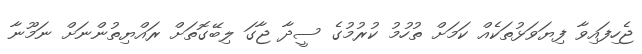
ޖެހިފައިވާ ފިޔަވަޅުތަކެއް ކަމަށް ތުހުމު ކުރުމުގެ ސީދާ ޖާގަ ލިބޭގޮތަށް ރައްޔިތުންނަށް ނަމޫނާ